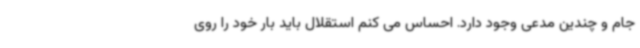
جام و چندین مدعی وجود دارد. احساس می کنم استقلال باید بار خود را روی